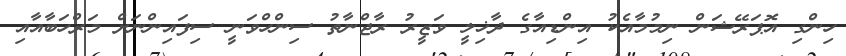
ހިންގި އޮޕަރޭޝަން ނިމުމާއެކު އިންޑިއާގެ ދާޚިލީ ވަޒީރު ރާޖްނާތު ސިންހްވަނީ ސިފައިންނަށް މަރްހަބާއާއި